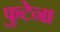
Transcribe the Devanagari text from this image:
फुटेना